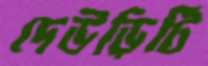
দেউড়িটি